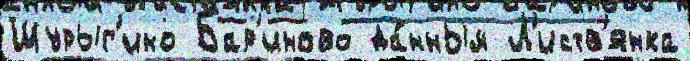
Шурыг'ино Бар'иново да́нным Л'иств'янка